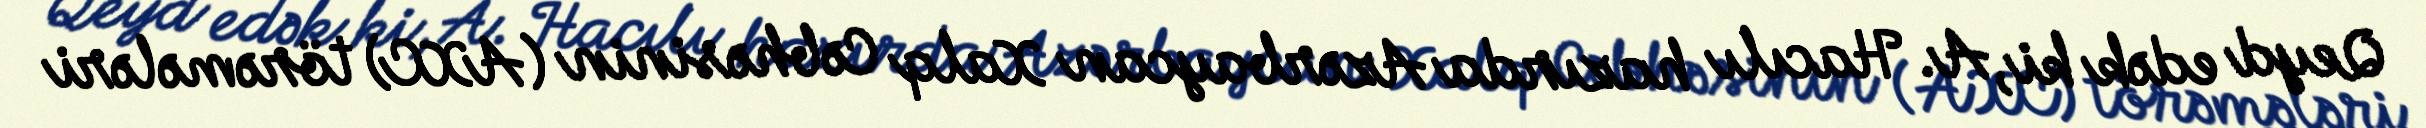
Qeyd edək ki, A. Hacılı hazırda Azərbaycan Xalq Cəbhəsinin (AXC) törəmələri